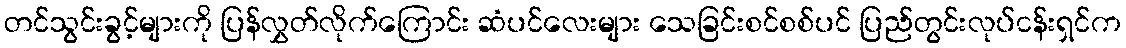
တင်သွင်းခွင့်များကို ပြန်လွှတ်လိုက်ကြောင်း ဆံပင်လေးများ သေခြင်းစင်စစ်ပင် ပြည်တွင်းလုပ်ငန်းရှင်က